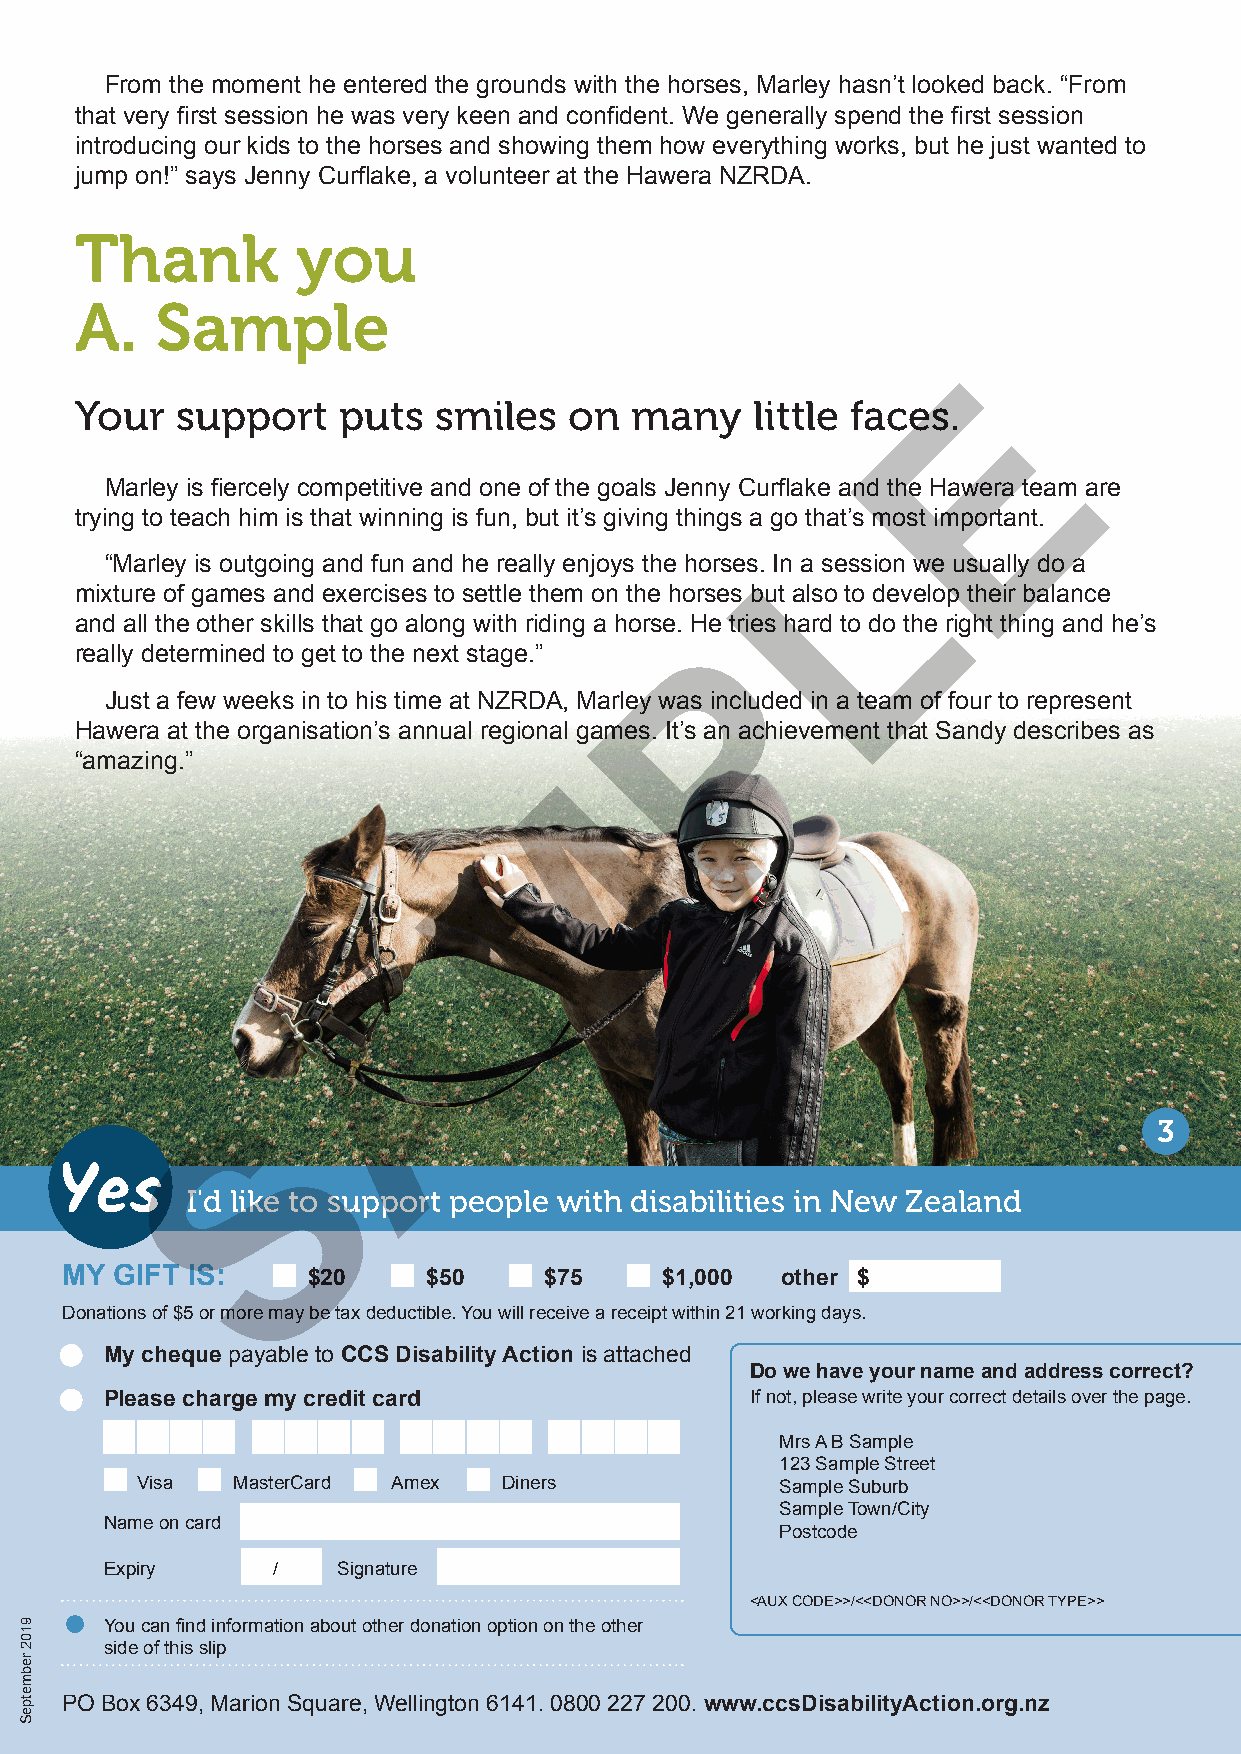
From the moment he entered the grounds with the horses, Marley hasn’t looked back. “From
 that very first session he was very keen and confident. We generally spend the first session
 introducing our kids to the horses and showing them how everything works, but he just wanted to
 jump on!” says Jenny Curflake, a volunteer at the Hawera NZRDA.
 Thank          you
 A.   Sample
 E
 Your   support   puts   smiles   on  many    little faces.
 Marley is fiercely competitive and one of the goals Jenny Curflake and the Hawera team are
 L
 trying to teach him is that winning is fun, but it’s giving things a go that’s most important.
 “Marley is outgoing and fun and he really enjoys the horses. In a session we usually do a
 mixture of games and exercises to settle them on the horses but also to develop their balance
 and all the other skills that go along with riding a horse. HPe tries hard to do the right thing and he’s
 really determined to get to the next stage.”
 Just a few weeks in to his time at NZRDA, Marley was included in a team of four to represent
 Hawera at the organisation’s annual regional games. It’s an achievement that Sandy describes as
 “amazing.”                      M
 A
 S
 3
 Yes
 I'd like to support people with disabilities in New Zealand
 MY  GIFT IS:    $20     $50     $75     $1,000  other $
 Donations of $5 or more may be tax deductible. You will receive a receipt within 21 working days.
 My cheque payable to CCS Disability Action is attached
 Do we have your name and address correct?
 Please charge my credit card               If not, please write your correct details over the page.
 Mrs A B Sample
 123 Sample Street
 Visa  MasterCard Amex   Diners             Sample Suburb
 Sample Town/City
 Name on card
 Postcode
 Expiry     /   Signature
 <AUX CODE>>/<<DONOR NO>>/<<DONOR TYPE>>
 You can find information about other donation option on the other
 side of this slip
 PO Box 6349, Marion Square, Wellington 6141. 0800 227 200. www.ccsDisabilityAction.org.nz
 9102
 rebmetpeS